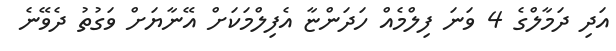
އަދި ދަމާލްގެ 4 ވަނަ ފިލްމެއް ހަދަންޏާ އެފިލްމަކަށް އޭނާޔަށް ވަގުތު ދެވޭނެ